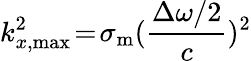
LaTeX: k_{x,\mathrm{max}}^{2}\! =\! \sigma_{\mathrm{m}}(\frac{\Delta\omega/2}{c})^{2}